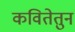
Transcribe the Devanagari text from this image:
कवितेतुन